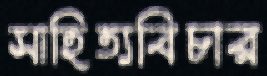
সাহিত্যবিচার